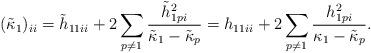
LaTeX: \begin{align*}(\tilde{\kappa}_1)_{ii}=\tilde{h}_{11ii}+2\sum_{p\neq 1}\frac{\tilde{h}_{1pi}^2}{\tilde{\kappa}_1-\tilde{\kappa}_p}=h_{11ii}+2\sum_{p\neq 1}\frac{h_{1pi}^2}{\kappa_1-\tilde{\kappa}_p}.\end{align*}